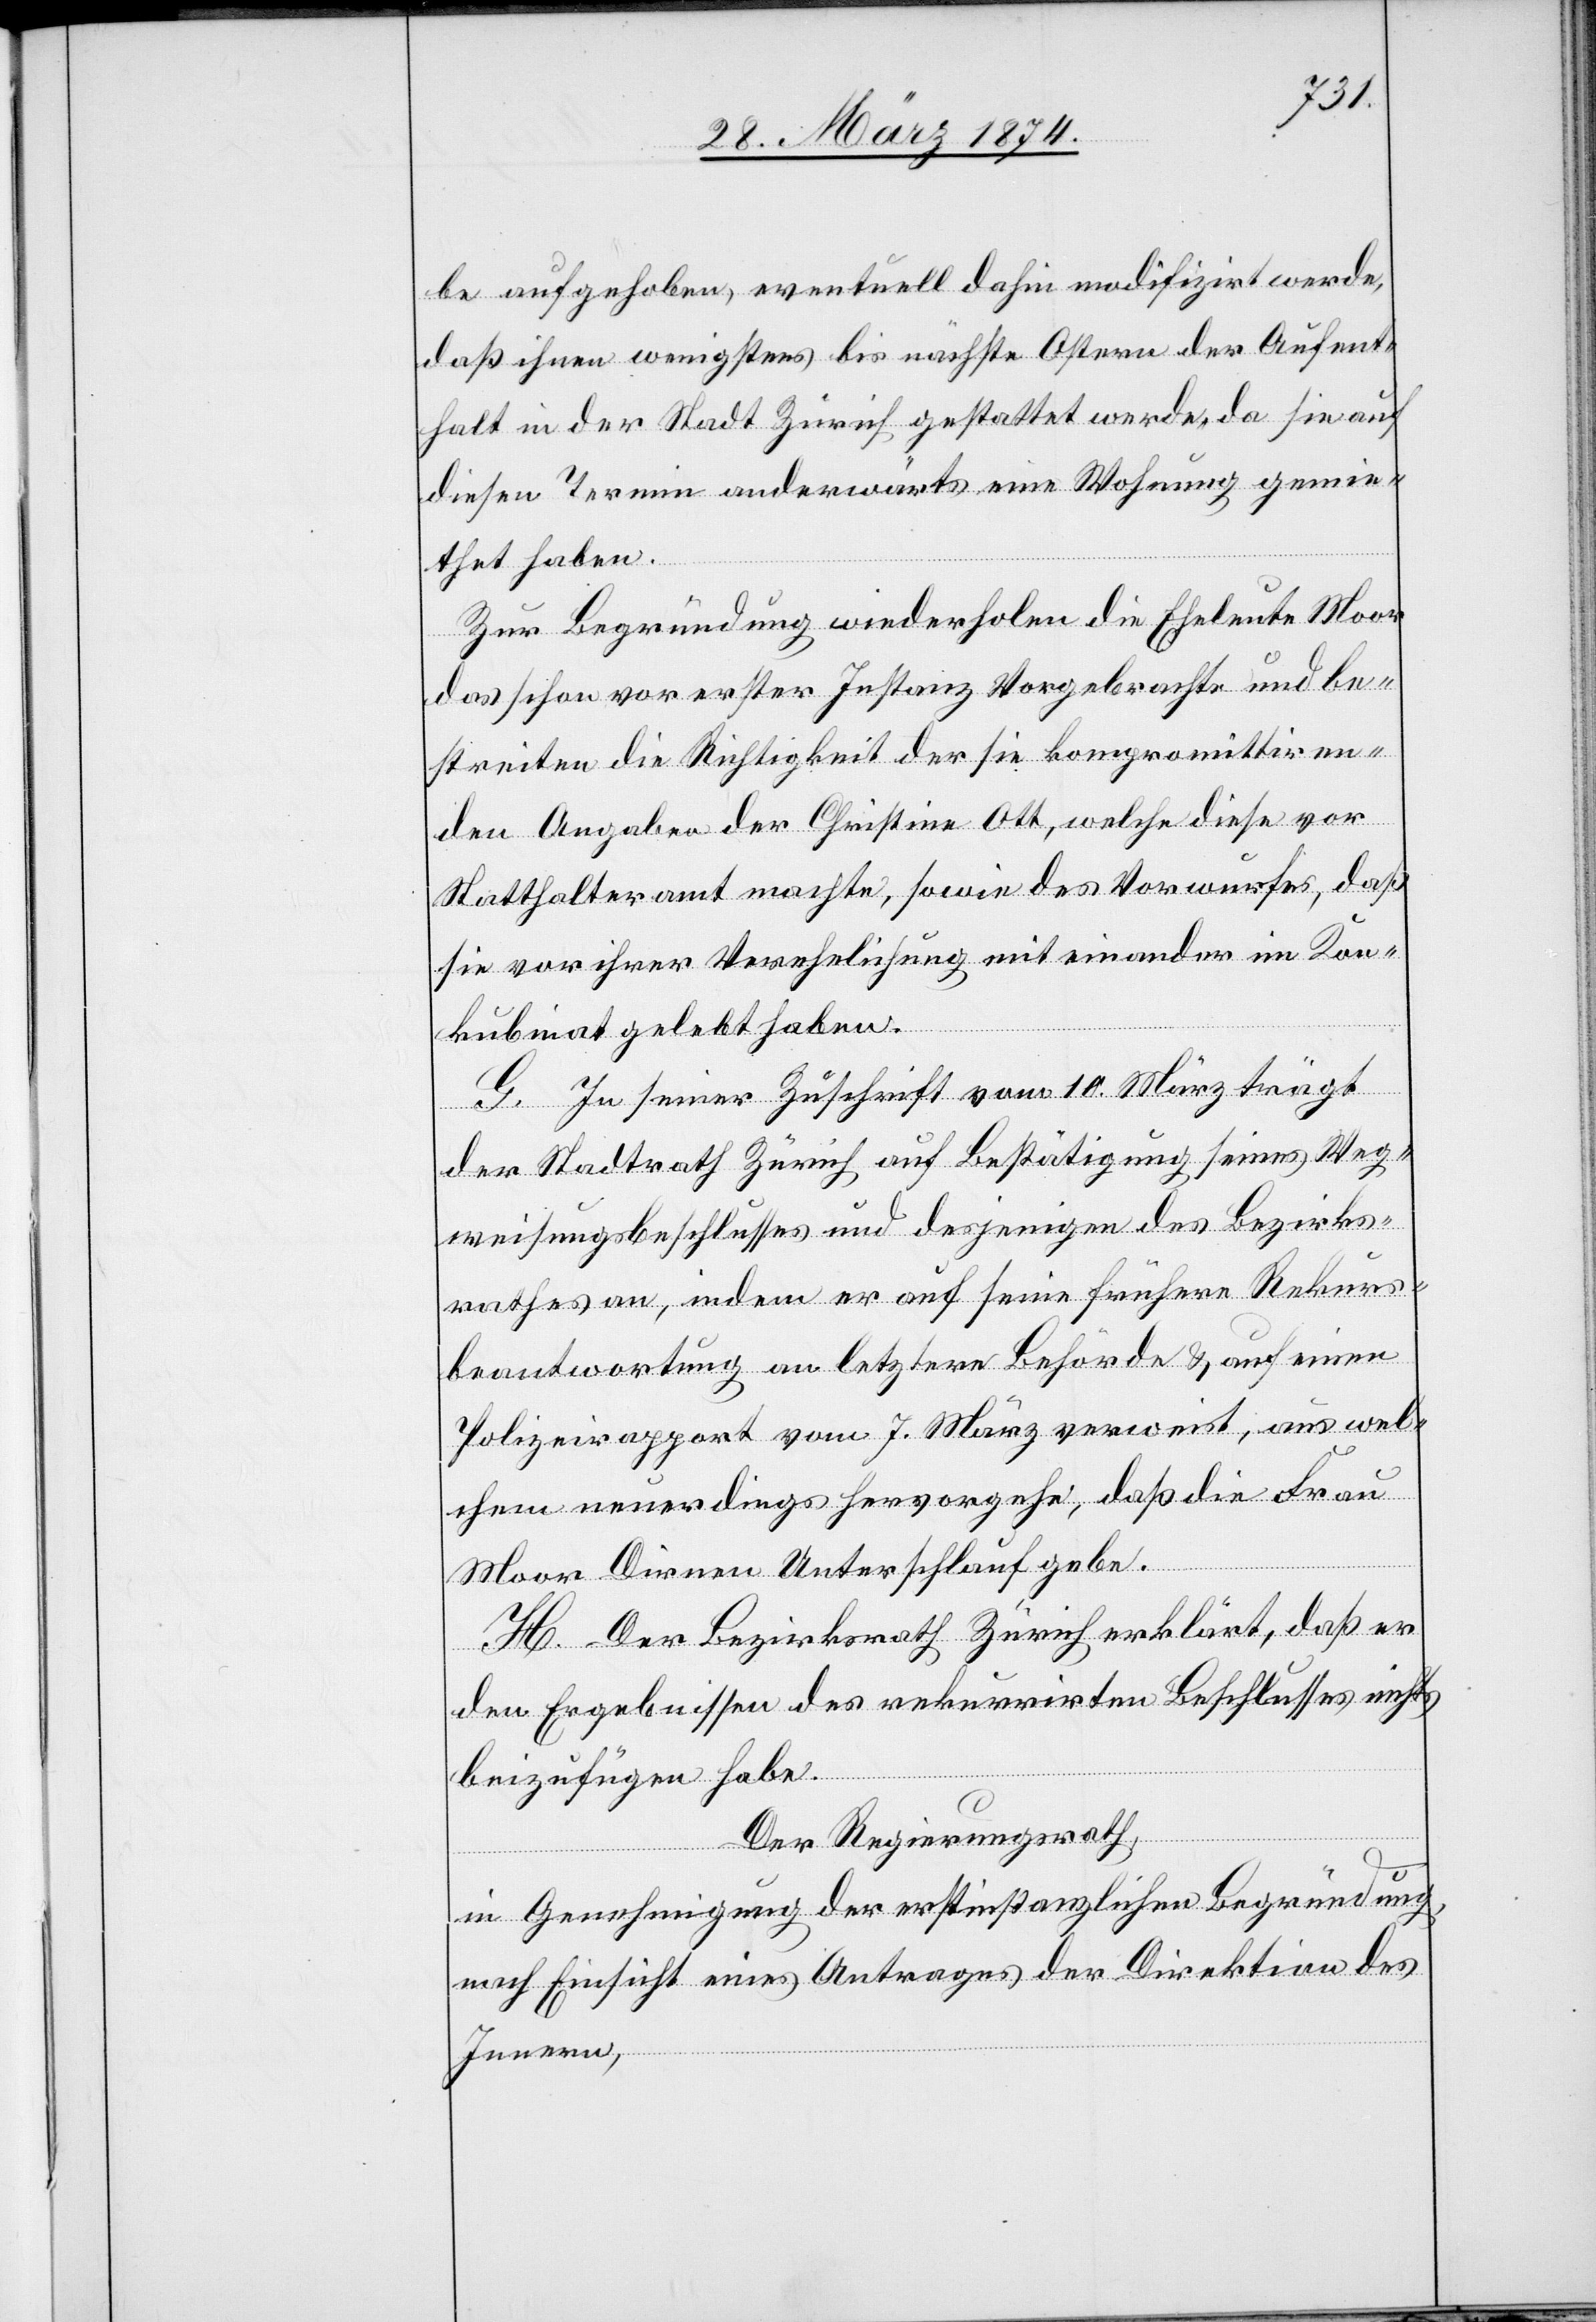
be aufgehoben, eventuell dahin modifizirt werde,
daß ihnen wenigstens bis nächste Ostern der Aufent¬
halt in der Stadt Zürich gestattet werde, da sie auf
diesen Termin anderwärts eine Wohnung gemie¬
thet haben.
Zur Begründung wiederholen die Eheleute Moor
das schon vor erster Instanz Vorgebrachte und be¬
streiten die Richtigkeit der sie kompromittiren¬
den Angaben der Christine Ott, welche diese vor
Statthalteramt machte, sowie des Vorwurfes, daß
sie vor ihrer Verehelichung mit einander im Kon¬
kubinat gelebt haben.
G. In seiner Zuschrift vom 10. März trägt
der Stadtrath Zürich auf Bestätigung seines Weg¬
weisungsbeschlusses und desjenigen des Bezirks¬
rathes an, indem er auf seine frühere Rekurs¬
beantwortung an letztere Behörde u. auf einen
Polizeirapport vom 7. März verweist, aus wel¬
chem neuerdings hervorgehe, daß die Frau
Moor Dirnen Unterschlauf gebe.
H. Der Bezirksrath Zürich erklärt, daß er
den Ergebnissen des rekurrirten Beschlusses nichts
beizufügen habe.
Der Regierungsrath,
in Genehmigung der erstinstanzlichen Begründung,
nach Einsicht eines Antrages der Direktion des
Innern,